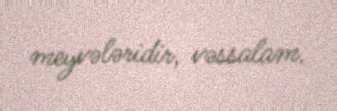
meyvələridir, vəssalam.